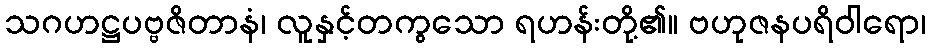
သဂဟဋ္ဌပဗ္ဗဇိတာနံ၊ လူနှင့်တကွသော ရဟန်းတို့၏။ ဗဟုဇနပရိဝါရော၊